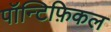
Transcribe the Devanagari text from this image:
पॉन्टिफ़िकल